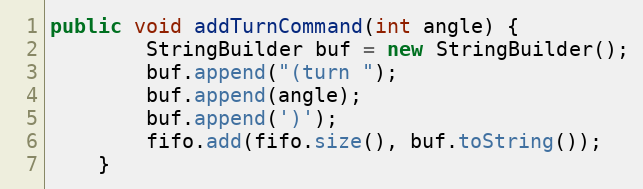
Language: Java
public void addTurnCommand(int angle) {
        StringBuilder buf = new StringBuilder();
        buf.append("(turn ");
        buf.append(angle);
        buf.append(')');
        fifo.add(fifo.size(), buf.toString());
    }